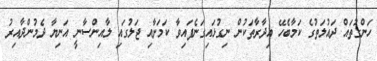
ހަންގުތައް ދައުލަތުގެ ކަމާބެހޭ އިދާރާތަކުން ނިގުޅައިގަނެފައިވާ ކަމަށާއި ޖަލުގައި ލާއިންސާނީ އަނިޔާ ދެމުންދާއިރު